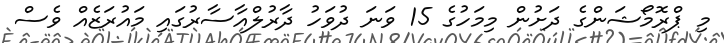
މި ޕްރޮމޯޝަންގެ ދަށުން މިމަހުގެ 15 ވަނަ ދުވަހު ދާރުލްއާސާރުގައި މައުރަޒެއް ވެސް